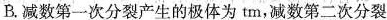
B.减数第一次分裂产生的极体为tm，减数第二次分裂